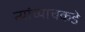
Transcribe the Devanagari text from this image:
त्यांच्याचकडे